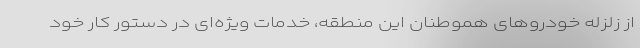
از زلزله خودروهای هموطنان این منطقه، خدمات ویژه‌ای در دستور کار خود